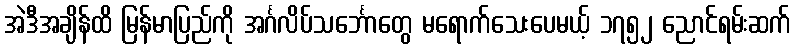
အဲဒီအချိန်ထိ မြန်မာပြည်ကို အင်္ဂလိပ်သင်္ဘောတွေ မရောက်သေးပေမယ့် ၁၇၅၂ ညောင်ရမ်းဆက်